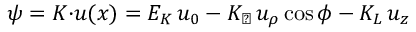
\psi = K { \cdot } u ( x ) = E _ { K } \, u _ { 0 } - K _ { \perp } \, u _ { \rho } \cos \phi - K _ { L } \, u _ { z }